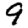
Digit: 9